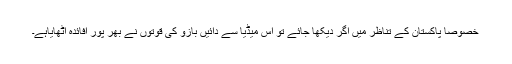
خصوصا پاکستان کے تناظر میں اگر دیکھا جائے تو اس میڈیا سے دائیں بازو کی قوتوں نے بھر پور افائدہ اٹھایاہے۔